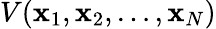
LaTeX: V(\mathbf{x}_{1},\mathbf{x}_{2},\ldots,\mathbf{x}_{N})